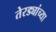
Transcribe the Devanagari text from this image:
तेरड्यांच्या